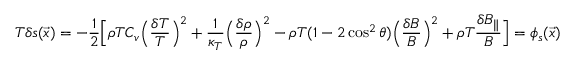
T \delta s ( \vec { x } ) = - \frac { 1 } { 2 } \Big [ \rho T C _ { v } \Big ( \frac { \delta T } { T } \Big ) ^ { 2 } + \frac { 1 } { \kappa _ { T } } \Big ( \frac { \delta \rho } { \rho } \Big ) ^ { 2 } - \rho T ( 1 - 2 \cos ^ { 2 } \theta ) \Big ( \frac { \delta B } { B } \Big ) ^ { 2 } + \rho T \frac { \delta B _ { \| } } { B } \Big ] = \phi _ { s } ( \vec { x } )